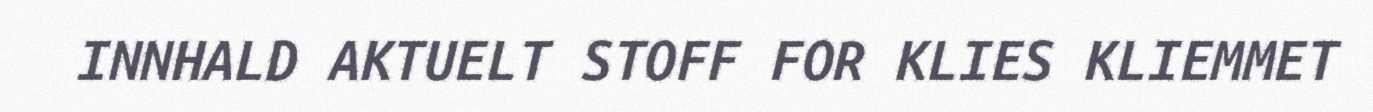
INNHALD AKTUELT STOFF FOR KLIES KLIEMMET